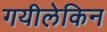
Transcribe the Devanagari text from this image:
गयीलेकिन